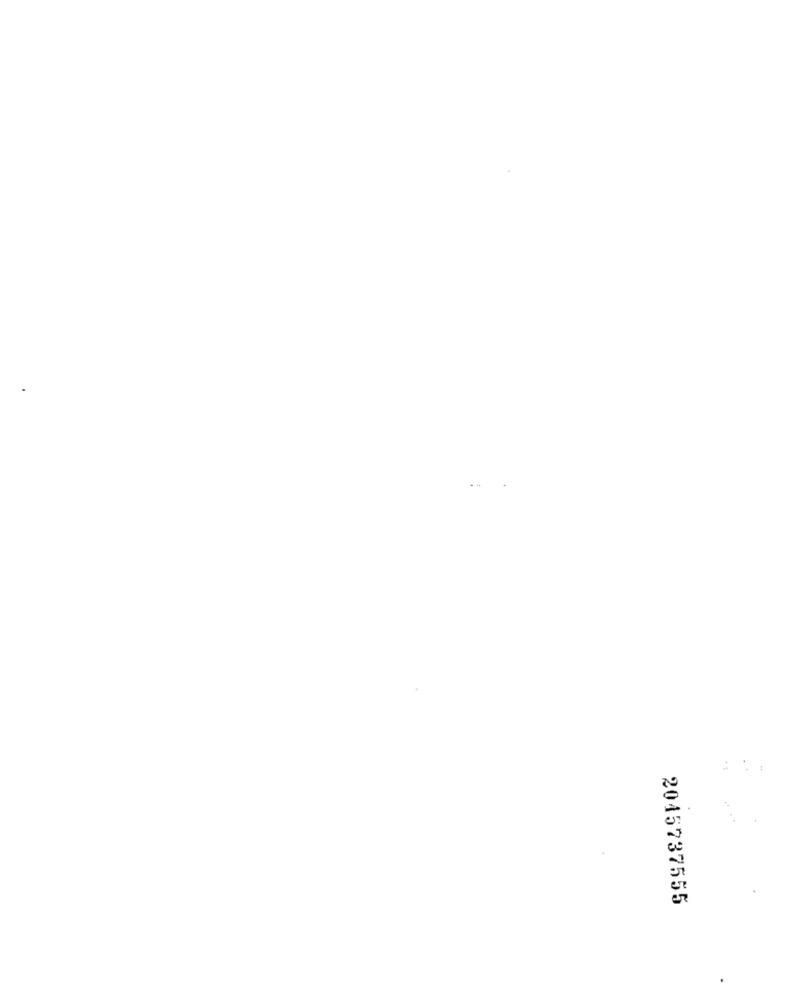
*1
2015737555